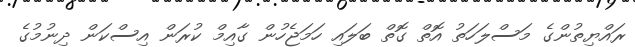
ރައްޔިތުންގެ މަސްލަހަތު އޮތް ގޮތް ބަލައި ހަމަޖެހުން ގާއިމް ކުރަން އިސްކަން ދިނުމުގެ